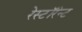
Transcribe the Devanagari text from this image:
रेस्टॉरंन्ट